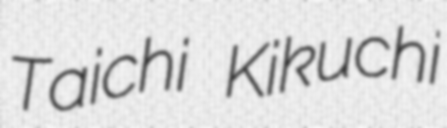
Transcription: Taichi Kikuchi